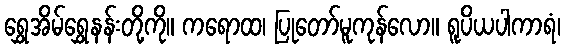
ရွှေအိမ်ရွှေနန်းတို့ကို။ ကရောထ၊ ပြုတော်မူကုန်လော။ ရူပိယပါကာရံ၊